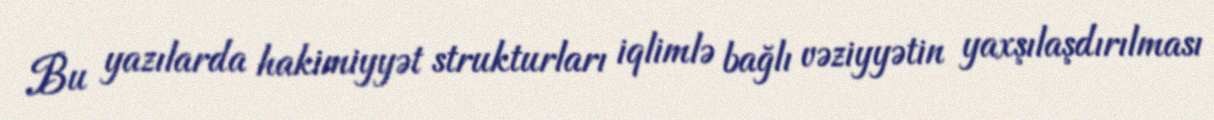
Bu yazılarda hakimiyyət strukturları iqlimlə bağlı vəziyyətin yaxşılaşdırılması